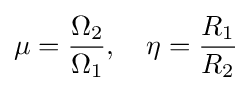
\mu ={\frac {\Omega _{2}}{\Omega _{1}}},\quad \eta ={\frac {R_{1}}{R_{2}}}